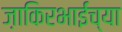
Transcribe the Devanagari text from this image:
ज़ाकिरभाईंच्या